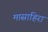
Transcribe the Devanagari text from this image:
मासाहिरा